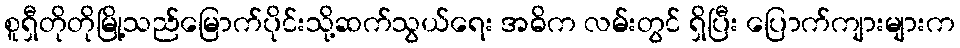
စူရှီတိုတိုမြို့သည်မြောက်ပိုင်းသို့ဆက်သွယ်ရေး အဓိက လမ်းတွင် ရှိပြီး ပြောက်ကျားများက